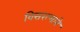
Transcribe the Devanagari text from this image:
विसरल्याने